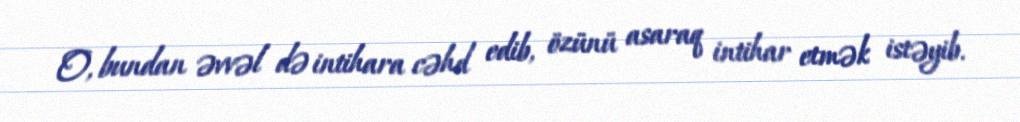
O, bundan əvvəl də intihara cəhd edib, özünü asaraq intihar etmək istəyib.